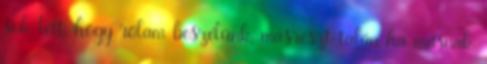
sok lett, hogy rólam beszélünk, másrészt talán ha másnak